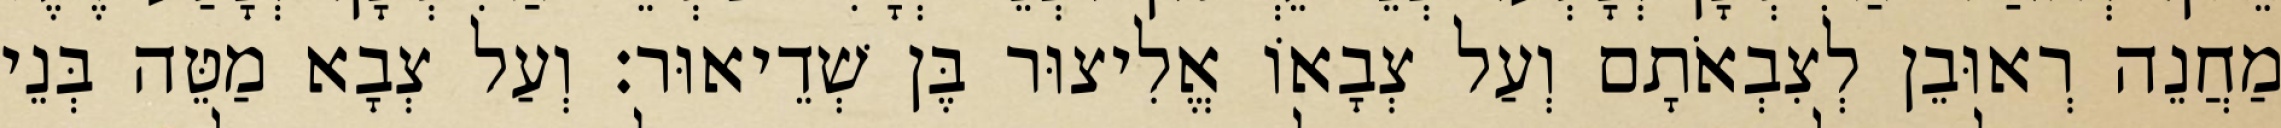
מַחֲנֵה רְאוּבֵן לְצִבְאֹתָם וְעַל צְבָאוֹ אֱלִיצוּר בֶּן שְׁדֵיאוּר׃ וְעַל צְבָא מַטֵּה בְּנֵי